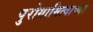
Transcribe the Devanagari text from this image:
पुरोगामित्वाच्या